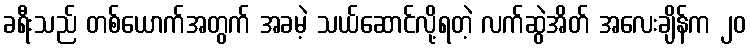
ခရီးသည် တစ်ယောက်အတွက် အခမဲ့ သယ်ဆောင်လို့ရတဲ့ လက်ဆွဲအိတ် အလေးချိန်က ၂၀